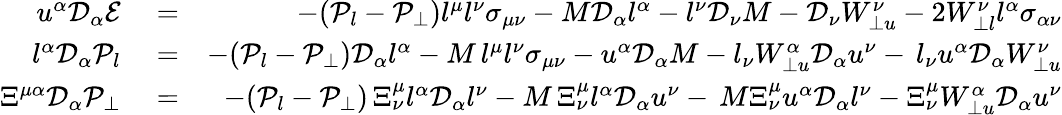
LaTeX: \begin{array}{rlr}{u^{\alpha}\mathcal{D}_{\alpha}\mathcal{E}}&{{}=}&{-(\mathcal{P}_{l}-\mathcal{P}_{\perp})l^{\mu}l^{\nu}\sigma_{\mu\nu}-M\mathcal{D}_{\alpha}l^{\alpha}-l^{\nu}\mathcal{D}_{\nu}M-\mathcal{D}_{\nu}W_{\perp u}^{\nu}-2W_{\perp l}^{\nu}l^{\alpha}\sigma_{\alpha\nu}}\\ {l^{\alpha}\mathcal{D}_{\alpha}\mathcal{P}_{l}}&{{}=}&{-(\mathcal{P}_{l}-\mathcal{P}_{\perp})\mathcal{D}_{\alpha}l^{\alpha}-M\, l^{\mu}l^{\nu}\sigma_{\mu\nu}-u^{\alpha}\mathcal{D}_{\alpha}M-l_{\nu}W_{\perp u}^{\alpha}\mathcal{D}_{\alpha}u^{\nu}-\, l_{\nu}u^{\alpha}\mathcal{D}_{\alpha}W_{\perp u}^{\nu}}\\ {\Xi^{\mu\alpha}\mathcal{D}_{\alpha}\mathcal{P_{\perp}}}&{{}=}&{-(\mathcal{P}_{l}-\mathcal{P}_{\perp})\, \Xi_{\nu}^{\mu}l^{\alpha}\mathcal{D}_{\alpha}l^{\nu}-M\, \Xi_{\nu}^{\mu}l^{\alpha}\mathcal{D}_{\alpha}u^{\nu}-\, M\Xi_{\nu}^{\mu}u^{\alpha}\mathcal{D}_{\alpha}l^{\nu}-\Xi_{\nu}^{\mu}W_{\perp u}^{\alpha}\mathcal{D}_{\alpha}u^{\nu}}\end{array}